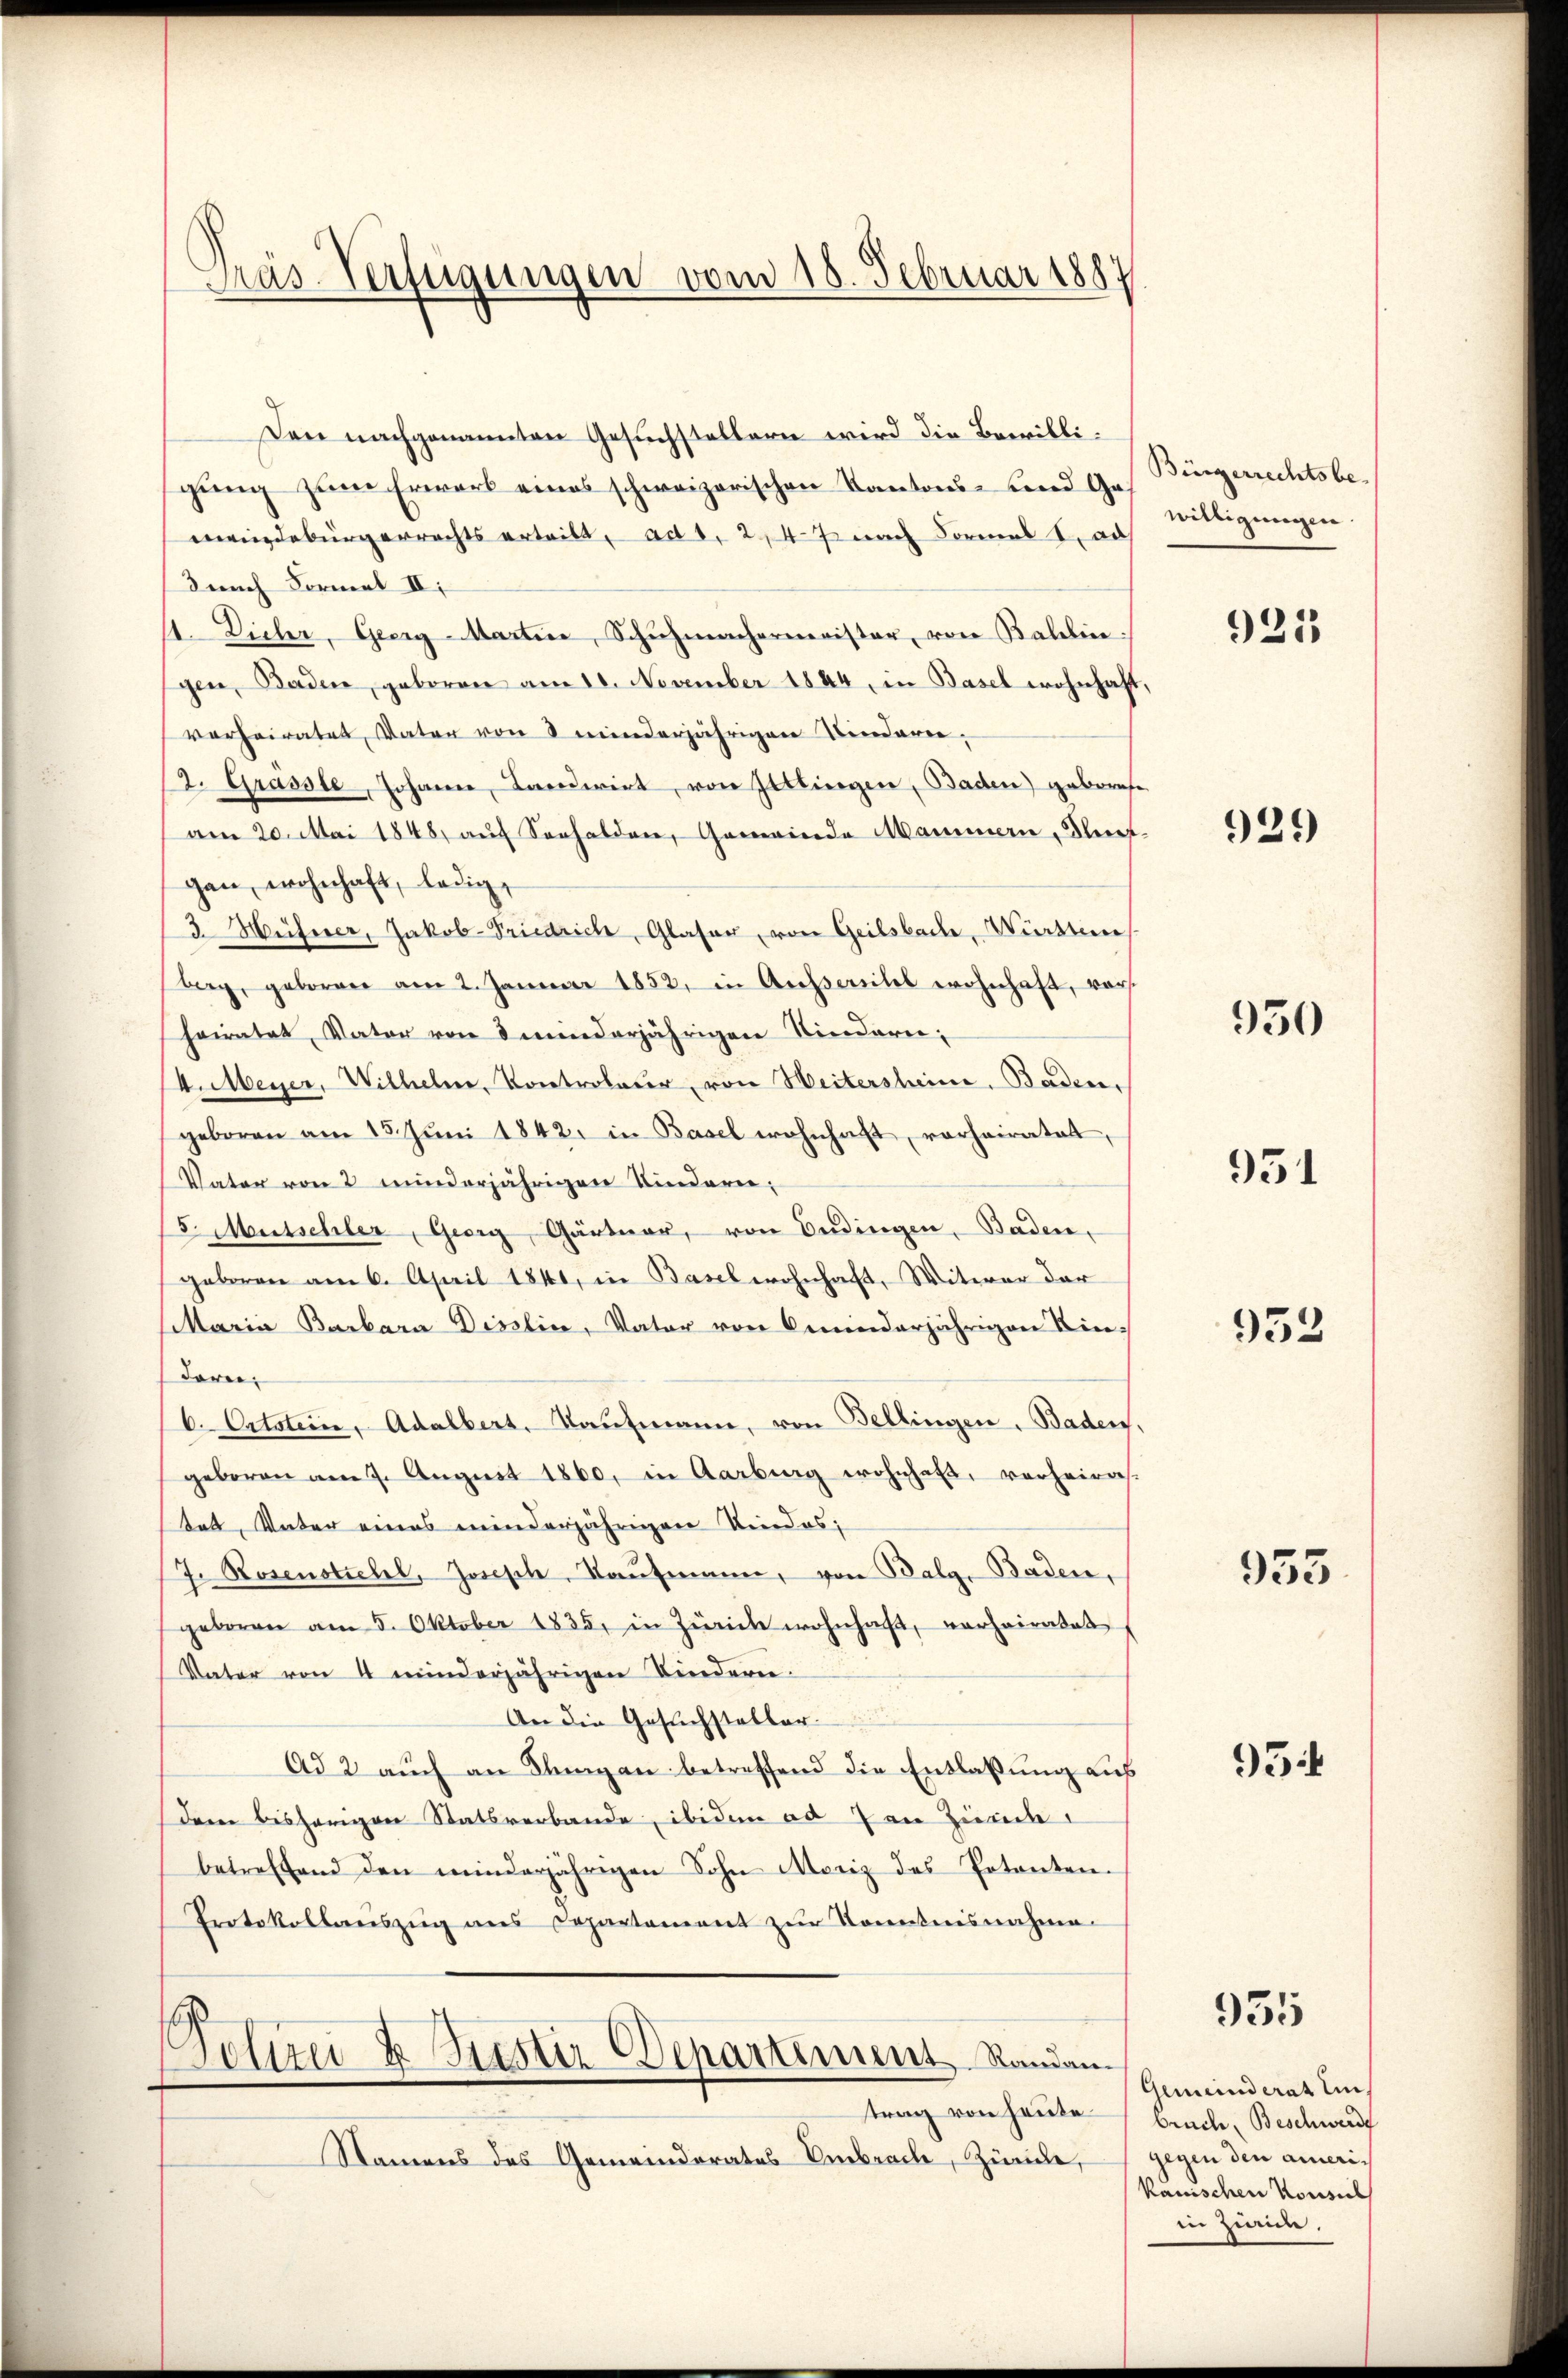
¬
Pras-Verfügungen vom 18. Februar 1884

Den nachgenannten Gesuchstellern wird die Bewilligung zum Erwerk eines schweizerischen Kantons- und Gemeindebürgerrechts erteilt, ad 1, 2, 47 nach Formal tad
dnach Forner II.
1. Dieher, Geerg-Martin, Schŭhmachermeister, von Ballin:
gen, Baden, geboren am 10. November 1844, in Basel wohnhaft,
vorheiratet, Vater von 8 minderjährigen Binderer,
12. Grasste, Johann, Landwirt, von Ittingen, Baden) geborehe
am 20. Mai 1848, auf Seehalden, Gemeinde Mammern, Kletgan, wohnhaft, ledig,
3 Hüferer, Jakob-Friedrich, Glaser, von Geilsbach, Württeme
berg, geboren am 2. Januar 1852, in Ausserehel wohnhaft, vorheiratet, Vater von 8 minderjährigen Rindern,
H. Meyer, Wilhelm, Kontroleur, von Weitersheim, Baden,
geboren am 15. Jŭni 1842. in Basel wohnhaft, vorheiratet,
Vater von 2 minderjährigen Kindern;
5. Mutschler, Georg, Gärtner, von Bedingen, Baden,
geboren am 6. April 1841, in Basel wohnhaft, Witwer der
Maria Barbara Disslin, Vater von minderjährigen Kin-
dare,
b. Ortstein, Adalbert, Kaufmann, von Bellingen. Baden,
geboren am 7. August 1860, in Aarburg wohnhaft, verheiras-
tet, Vater eines minderjährigen Kindes;
7. Rosenstrebel, Joseph, Kaŭfmann, von Balg. Baden,
geboren am 5. Oktober 1835, in Zürich wohnhaft, verheiratet
Vater von 4 minderjährigen Kindern.
An die Gesuchsteller
Ad 2 auch an Klingen betreffend die Entlaßung auf
dem bisherigen Statsverbande, ibidem ad 7 an Zünde
betreffend den minderjährigen Sohn Moriz des Petenten-
Protokollauszug aus Departement zur Kenntnisnahme.
Polizei & Sistir Departinius Randam
trag von heute brache, Beschwerde
Namens des Gemeinderates Embrach, Zürche,

Bürgerrechtsbewilligungen.

925

929

950

951

952

955.

95

955

Gemeinderat ein,
gegen den amerikanischen Konsil
in zieme,